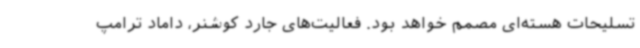
تسلیحات هسته‌ای مصمم خواهد بود. فعالیت‌های جارد کوشنر، داماد ترامپ